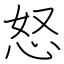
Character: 怒